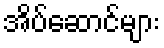
အိပ်ဆောင်များ